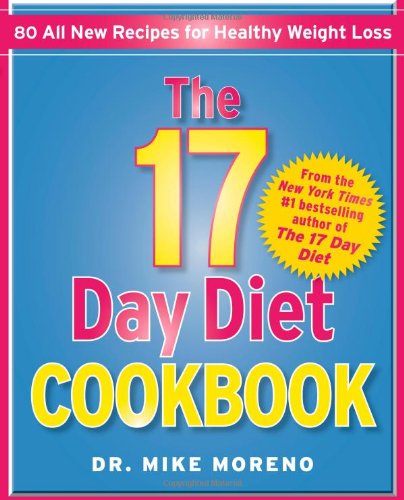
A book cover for The 17 Day Diet Cookbook: 80 All New Recipes for Healthy Weight Loss; Dr. Mike Moreno; Cookbooks, Food & Wine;